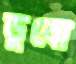
ডুবো